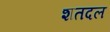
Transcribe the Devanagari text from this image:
शतदल